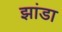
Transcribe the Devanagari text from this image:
झांडा